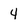
Character: 4